Medical and sanitary report of the native army of Madras for the year
Year: 1875
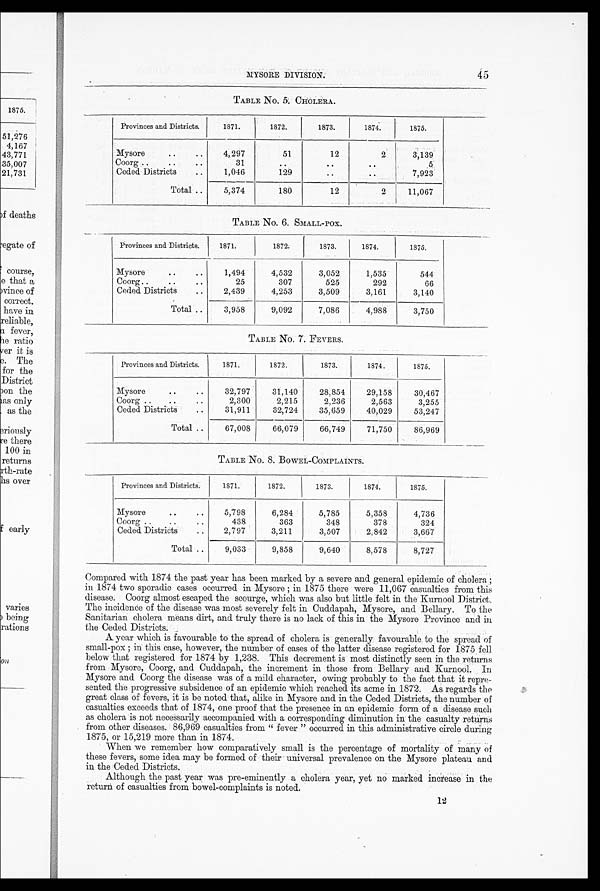
MYSORE DIVISION. 45
TABLE No. 5. CHOLER.
Provinces and Districts.
1871.
1872.
1873.
1874.
1875.
Mysore
4,297
51
12
2
3,139
Coorg
3
..
..
..
5
Ceded Districts
1,046
129
. .
..
7,923
Total
5,374
180
12
2
11,067
TABLE NO. 6. SMALL-POX.
Provinces and Districts.
1871.
1872.
1873.
1874.
1875.
Mysore
1,494
4,532
3,052
1,535
544
Coorg
25
307
525
292
66
Ceded Districts
2,439
4,253
3,509
3,161
3,140
Total
3,958
9,092
7,086
4,988
3,750
TABLE No. 7. FEVERS.
Provinces and Districts.
1871.
1872.
1873.
1874.
1875.
Mysore
32,797
31,140
28,854
29,158
30,467
Coorg
2,300
2,215
2,236
2,563
3,255
Ceded Districts
31,911
32,724
35,659
40,029
53,247
Total
67,008
66,079
66,749
71,750
86,969
TABLE NO. 8. BOWEL-COMPLAINTS.
Provinces and Districts.
1871.
1872.
1873.
1874.
1875.
Mysore
5,798
6,284
5,785
5,358
4,736
Coorg
438
363
348
378
324
Ceded Districts
2,797
3,211
3,507
2,842
3,667
Total
9,033
9,858
9,640
8,578
8,727
Compared with 1874 the past year has been marked by a severe and general epidemic of cholera;
in 1874 two sporadic cases occurred in Mysore; in 1875 there were 11,067 casualties from this
disease. Coorg almost escaped the scourge, which was also but little felt in the Kurnool District.
The incidence of the disease was most severely felt in Cuddapah, Mysore, and Bellary. To the
Sanitarian cholera means dirt, and truly there is no lack of this in the Mysore Province and in
the Ceded Districts.
A year which is favourable to the spread of cholera is generally favourable to the spread of
small-pox; in this case, however, the number of cases of the latter disease registered for 1875 fell
below that registered for 1874 by 1,238. This decrement is most distinctly seen in the returns
from Mysore, Coorg, and Cuddapah, the increment in those from Bellary and Kurnool. In
Mysore and Coorg the disease was of a mild character, owing probably to the fact that it repre
- s e n t e d t h e p r o g r e s s i v e s u b s i d e n c e o f a n e p i d e m i c w h i c h r e a c h e d i t s a c m e i n 1 8 7 2 . A s r e g a r d s t h e
great class of fevers, it is be noted that, alike in Mysore and in the Ceded Districts, the number of
casualties exceeds that of 1874, one proof that the presence in an epidemic form of a disease such
as cholera is not necessarily accompanied with a corresponding diminution in the casualty returns
from other diseases. 86,969 casualties from "fever" occurred in this administrative circle during
1875, or 15,219 more than in 1874.
When we remember how comparatively small is the percentage of mortality of many of
these fevers, some idea may be formed of their universal prevalence on the Mysore plateau and
in the Ceded Districts.
Although the past year was pre-eminently a cholera year, yet no marked increase in the
return of casualties from bowel-complaints is noted.
12